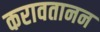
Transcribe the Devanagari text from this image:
करावतानन